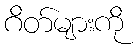
ဂိတ်များကို